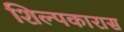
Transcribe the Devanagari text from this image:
शिल्पकारास